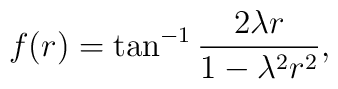
f(r)= \tan^{-1}\frac{2\lambda r}{1-\lambda^{2}r^{2}},